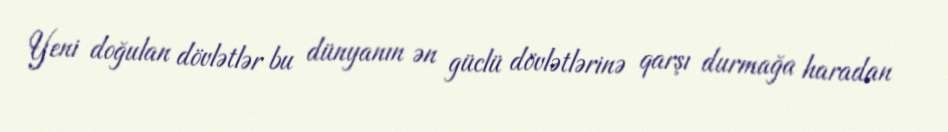
Yeni doğulan dövlətlər bu dünyanın ən güclü dövlətlərinə qarşı durmağa haradan